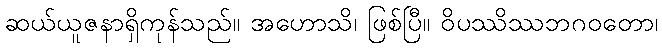
ဆယ်ယူဇနာရှိကုန်သည်။ အဟောသိ၊ ဖြစ်ပြီ။ ဝိပဿိဿဘဂဝတော၊